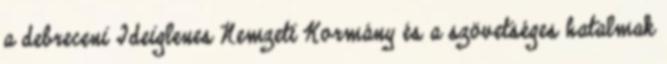
a debreceni Ideiglenes Nemzeti Kormány és a szövetséges hatalmak